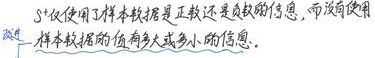
\(S^{2}\)仅使用了样本数据是正数还是负数的信息，而没使用样本数据的值有多大或多小的信息。